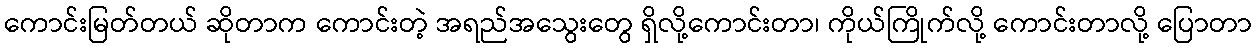
ကောင်းမြတ်တယ် ဆိုတာက ကောင်းတဲ့ အရည်အသွေးတွေ ရှိလို့ကောင်းတာ၊ ကိုယ်ကြိုက်လို့ ကောင်းတာလို့ ပြောတာ